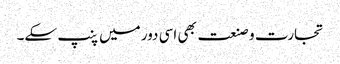
تجارت و صنعت بھی اسی دور میں پنپ سکے۔